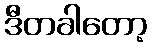
ဒီတခါတော့